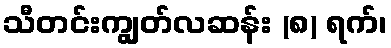
သီတင်းကျွတ်လဆန်း (၈) ရက်၊